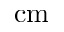
\mathrm { c m }